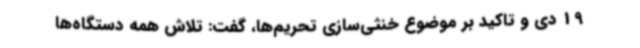
19 دی و تاکید بر موضوع خنثی‌سازی تحریم‌ها، گفت: تلاش همه دستگاه‌ها